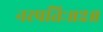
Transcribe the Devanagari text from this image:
नरपतिः॥२॥